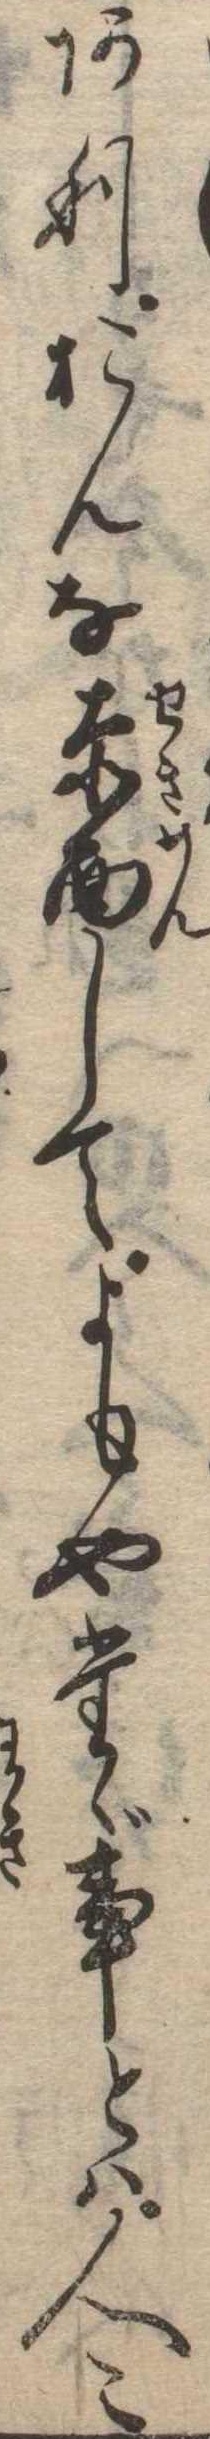
ありおんな赤面してよもやたゞ事とは人〻